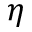
\eta